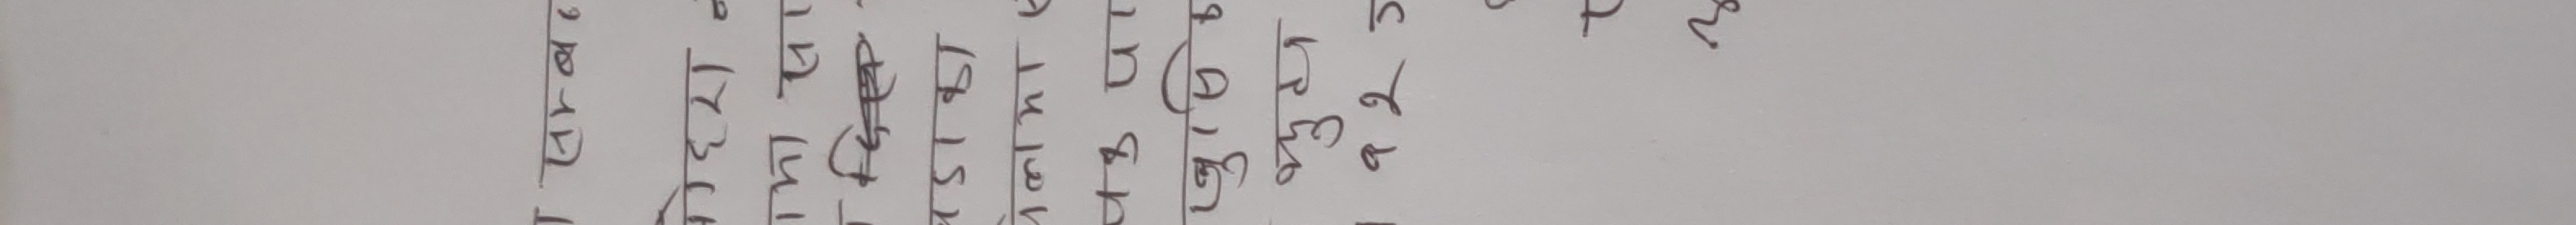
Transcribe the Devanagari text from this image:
टी . एल टाट २९८६
४३५ वाट ६०९०.